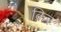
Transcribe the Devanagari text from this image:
क़िर